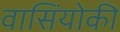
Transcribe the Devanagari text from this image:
वासिंयोकी